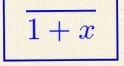
\frac{1}{1+x}